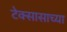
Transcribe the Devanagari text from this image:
टेक्सासाच्या